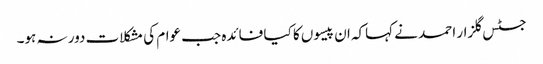
جسٹس گلزار احمد نے کہاکہ ان پیسوں کا کیا فائدہ جب عوام کی مشکلات دور نہ ہو۔